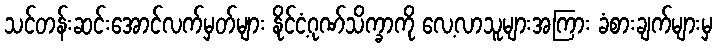
သင်တန်းဆင်းအောင်လက်မှတ်များ နိုင်ငံ့ဂုဏ်သိက္ခာကို လေ့လာသူများအကြား ခံစားချက်များမှ